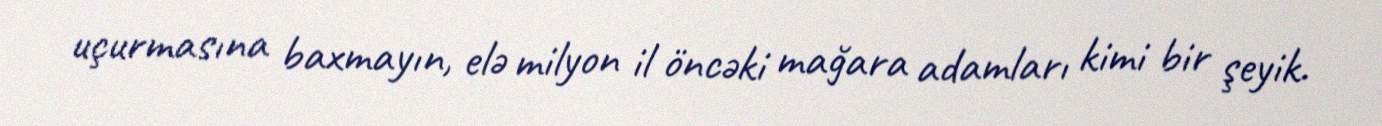
uçurmasına baxmayın, elə milyon il öncəki mağara adamları kimi bir şeyik.